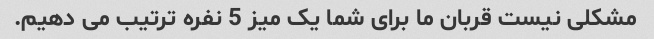
مشکلی نیست قربان ما برای شما یک میز 5 نفره ترتیب می دهیم.